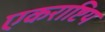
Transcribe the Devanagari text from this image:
एकराष्टिय